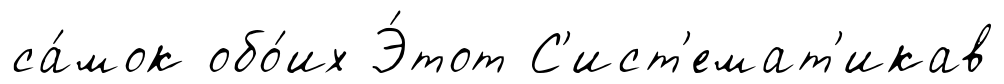
са́мок обо́их Э́тот С'ист'емат'икав